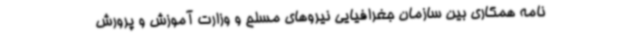
نامه همکاری بین سازمان جغرافیایی نیروهای مسلح و وزارت آموزش و پرورش